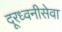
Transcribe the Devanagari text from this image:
दूरध्वनीसेवा